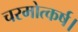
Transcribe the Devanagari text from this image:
चरमोत्कर्ष।